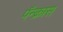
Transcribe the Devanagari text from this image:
पॅन्क्रास